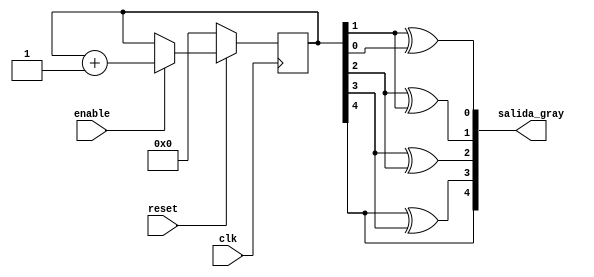
module contadorgray(
    input clk, enable, reset,
    output reg [4:0] salida_gray);

    reg [4:0] count;

    always @(posedge clk) begin
        if (reset == 0) begin
            count <= 0;
        end
        else if (enable == 0) begin
            count <= count;
        end
        else begin
            count <= count+1;
        end
    end

    always @(*) begin
        salida_gray = {count[4], (count[4] ^ count[3]),(count[3] ^ count[2]),(count[2] ^ count[1]), (count[1] ^ count[0])};
    end
endmodule